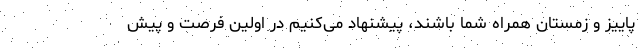
پاییز و زمستان همراه شما باشند، پیشنهاد می‌کنیم در اولین فرصت و پیش